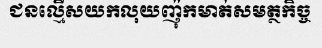
ជនល្មើសយកលុយញ៉ុកមាត់សមត្ថកិច្ច